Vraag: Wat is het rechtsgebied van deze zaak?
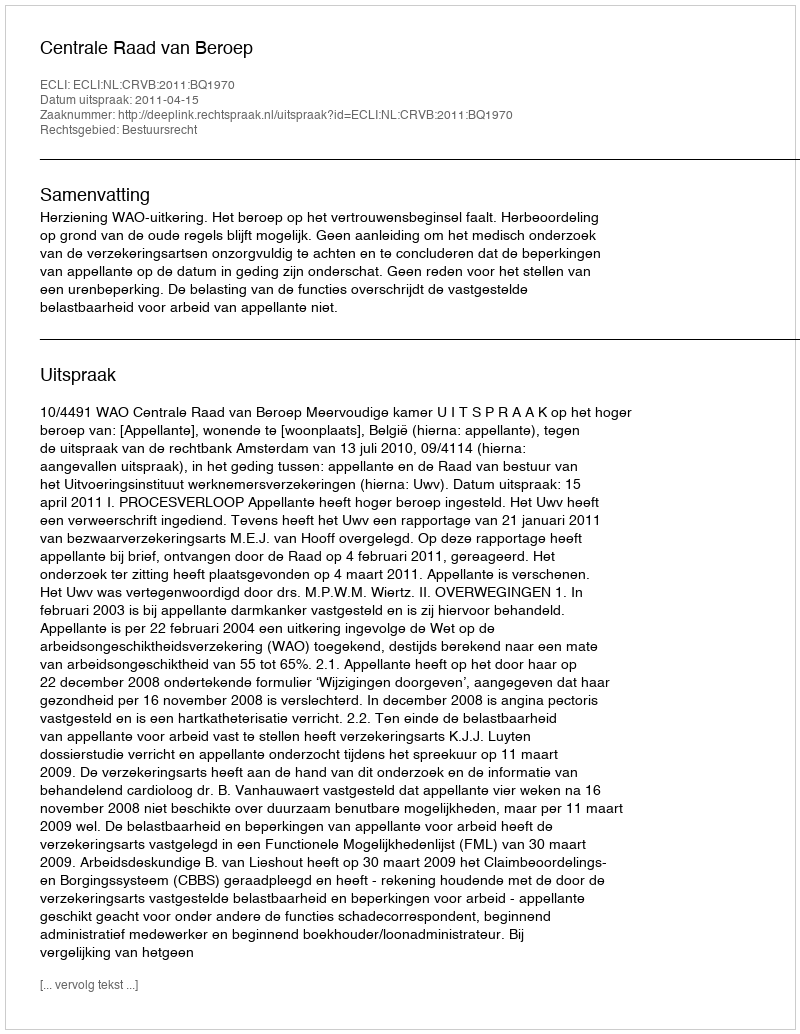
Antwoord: Bestuursrecht